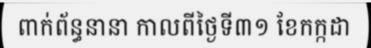
ពាក់ព័ន្ធនានា កាលពីថ្ងៃទី៣១ ខែកក្កដា